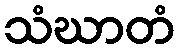
သံဃာတံ